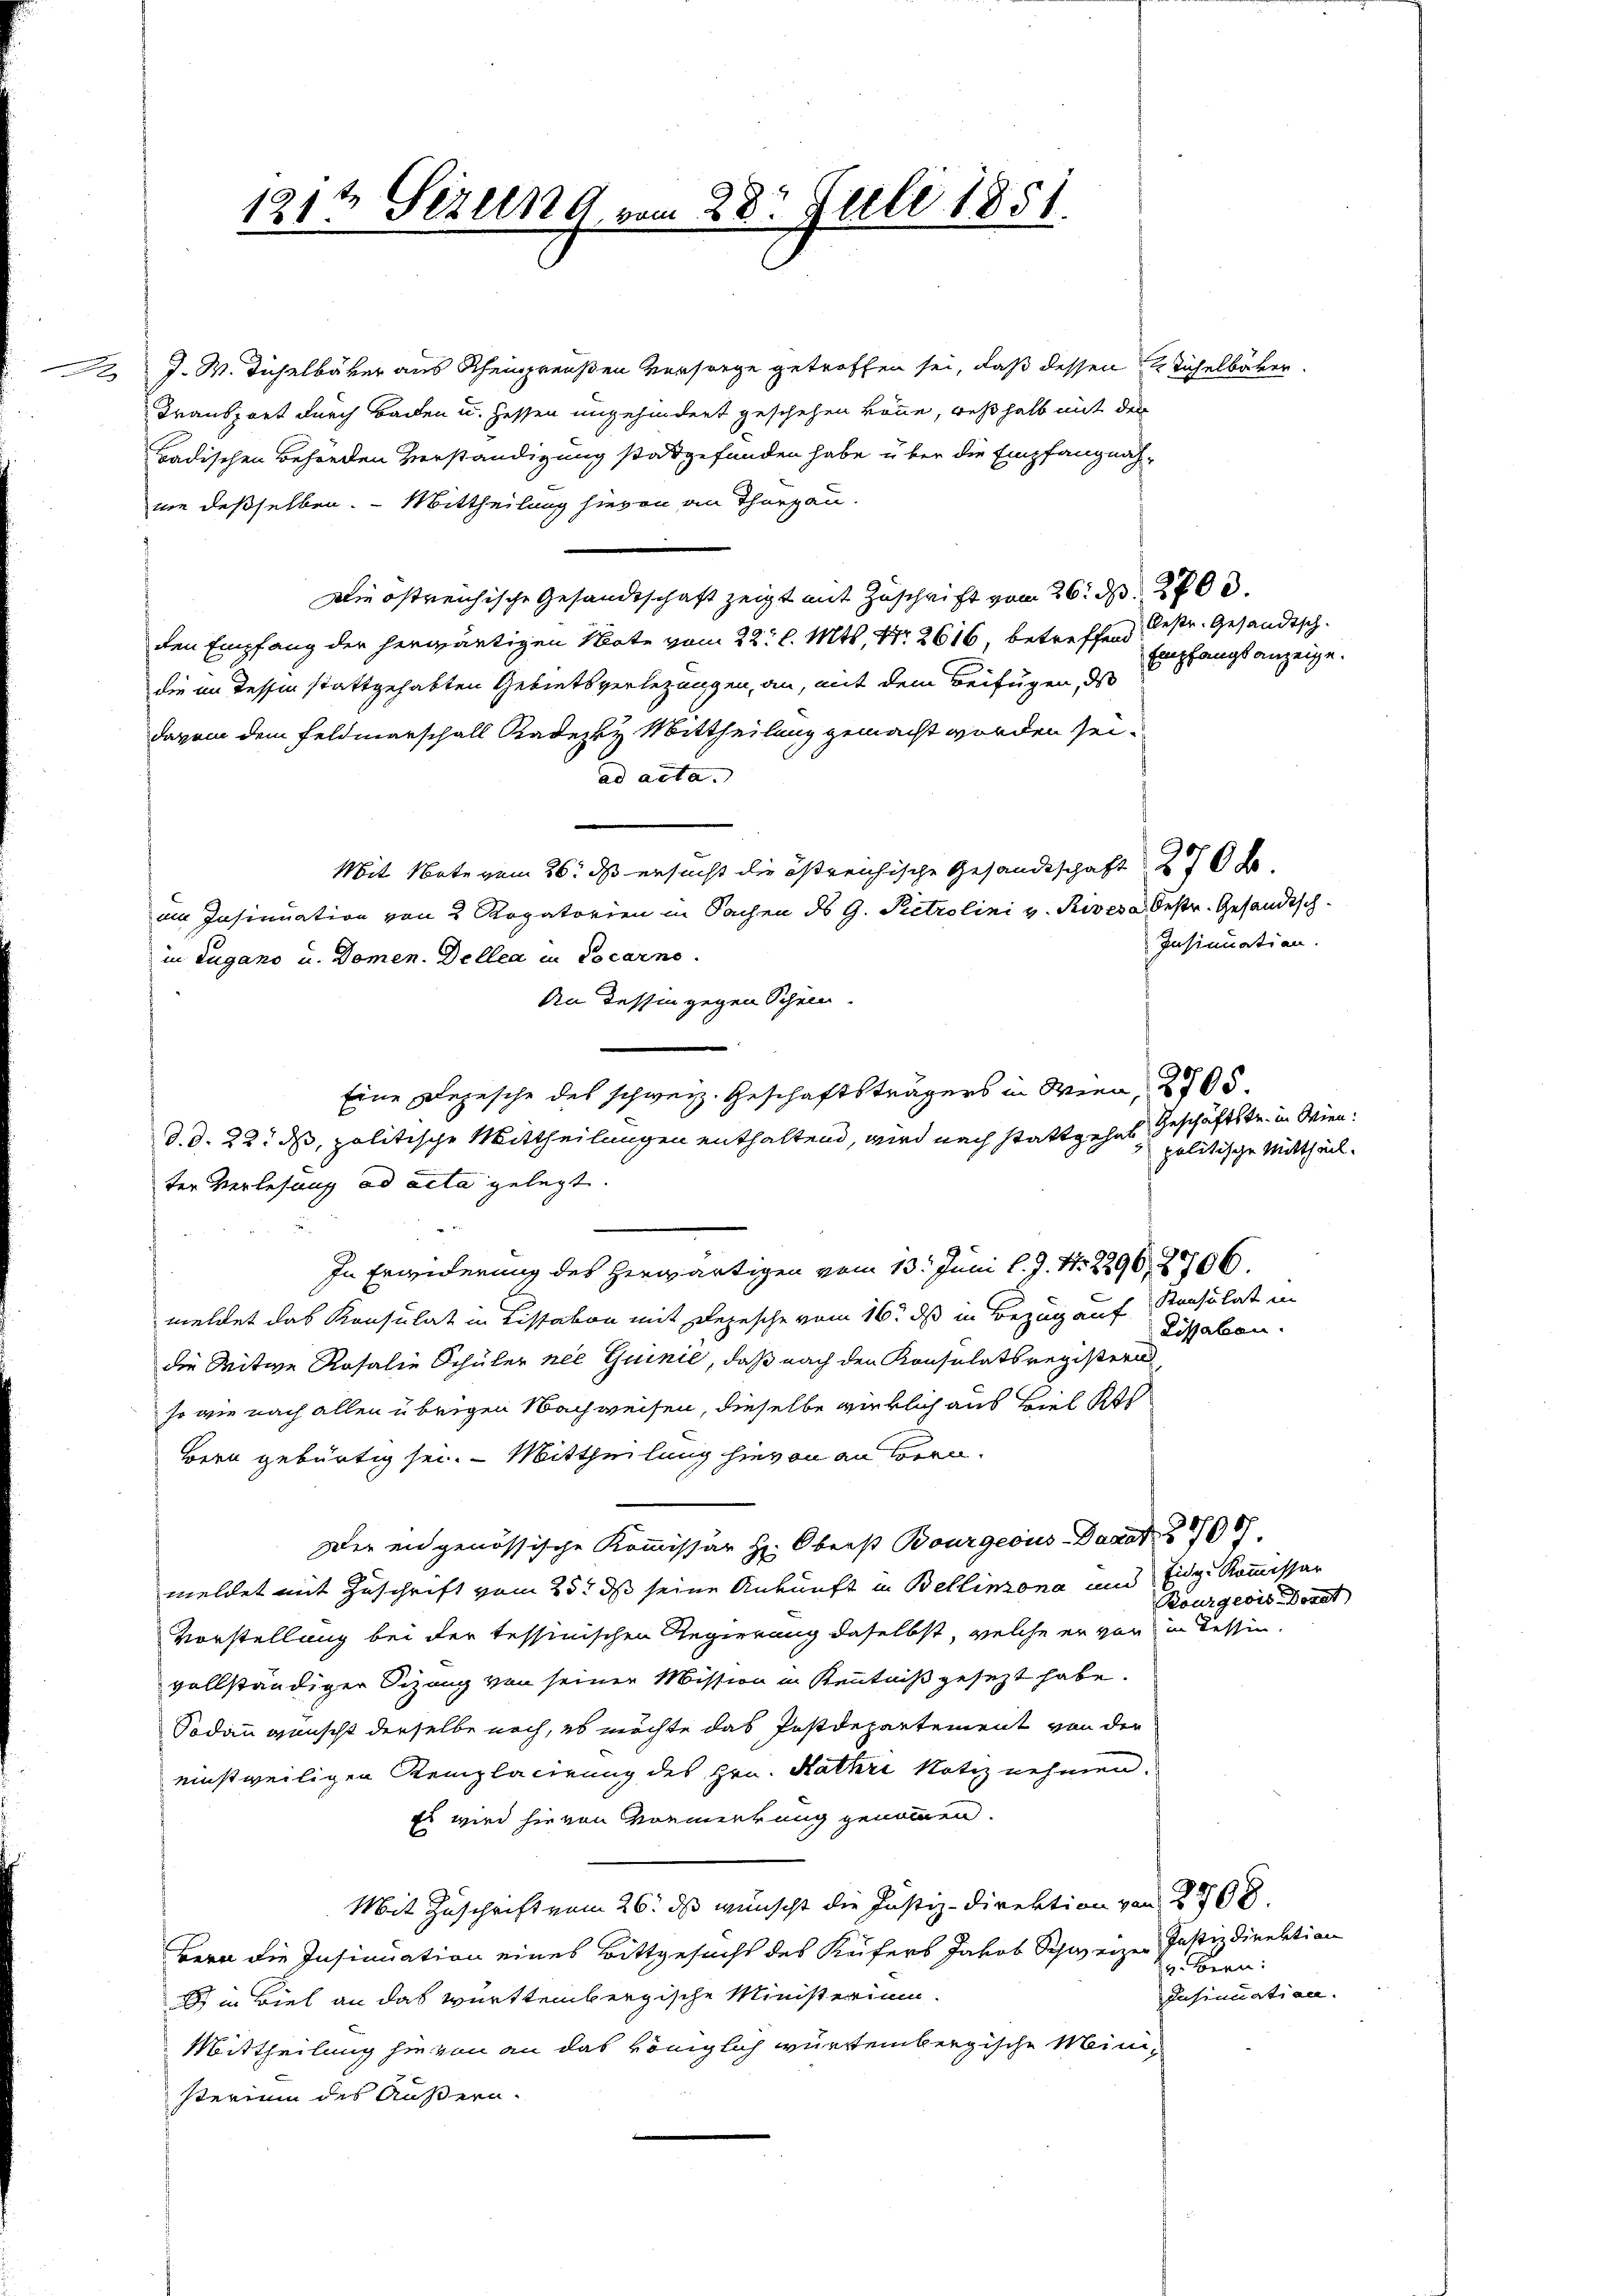
.

2 J. W. Tüchelbäker aus Scheinpreußen Versorge getroffen sei, daß dessen 2 Sichelbäcker.
Transport durch Baden u. Hessen ungehindert geschehen könne, weßhalb mit der
Badischen Behörden Verständigung stadtgefunden habe über die Empfangnahnie desselben. - Mittheilung hievon an Thurgau.
Die östreichische Gesandtschaft zeigt mit Zuschrift vom 26. d. 2700.
den Empfang der herwärtigen Note vom 22. l. Mts., Nr. 2616, betreffend
die in Tessin stattgehabten Gebietsverletzungen, an, mit dem Beifügen, da
davon dem Feldmarschall Kadezky Mittheilung gemacht worden sei.
ad acta. |
Mit Note vom 26. ds ersucht die östreichische Gesandtschaft 276 S.
am Insinuation von 2 Rogatorien in Sachen ds G. Pietrolini v. Riveva Oestr. Gesandtsch-
in Lugano u. Domen. Dellen in Cocarno.
An dessin gegen Schein.
Eine Depesche des schweiz. Geschäftsträgers in Wien, 2705.
d. d. 22. ds, politische Mittheilungen enthaltend, wird nach stattgehes Geschäftstr. in Wienter Verlesung ad acta gelegt.

In Erwiderung des Herwärtigen vom 13. Juni l. J. Nr. 2296, 2706.
meldet das Konsulat in Lissabon mit Depesche vom 16. ds in Bezug auf Konsulat in
die Mitwe Rosalie Schüler nie Guinie, daß nach den Konsulatsregistern
so wie nach allen übrigen Nachweisen, dieselbe wirklich aus Biel Kts
Bern gebürtig sei. — Mittheilung hievon an Loren.
Der engenössische Kommissär H: Oberst Bourgeois Darst 2700.
meldet mit Zuschrift vom 25t ds seine Ankunft in Bellinzona und Eidge Kommissar
Vorstellung bei der tessinischen Regierung daselbst, welche er von in dessin
vollständiger Sizung von seiner Mission in Kenntniß gesezt habe.
Sodann wünscht derselbe noch, es möchte das Postdepartement von der
einstweiligen Remplacirung des Hrn. Kathri Notiz nehmen.
Es wird hievon Vormerkung genommen.
Mit Zuschrift vom 26. ds wünscht die Justiz-Direktion von 2768.
Bern die Insinuation eines Bittgesucht des Käufers Jakob Schweizer Justizdirektion
 in Biel an das württembergische Ministerium.
Mittheilung hievon an das königlich württembergische Meinig
sterium des Äußern.

191te Seren vom 28t Juli 1851.

Oestr. Gesandtsch.
Empfangsanzeige.

Insinuation.

politische Mittheil.

Lissaben.

Bourgeois Donat

9. Bern:
Insinuation.